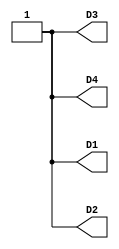
//------------------------------------------------------------------
//-- Hello world example for the Kfir I board
//-- Turn on all the leds
//------------------------------------------------------------------

module leds(output wire D1,
            output wire D2,
            output wire D3,
            output wire D4);

assign D1 = 1'b1;
assign D2 = 1'b1;
assign D3 = 1'b1;
assign D4 = 1'b1;

endmodule